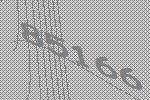
85166